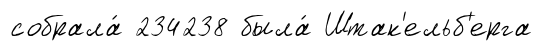
собрала́ 234238 была́ Штак'ельб'ерга